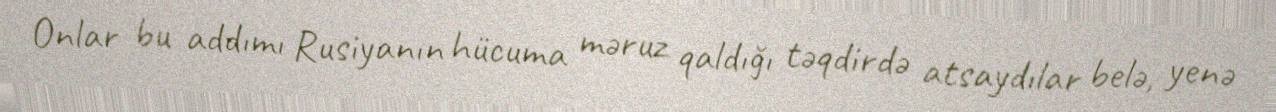
Onlar bu addımı Rusiyanın hücuma məruz qaldığı təqdirdə atsaydılar belə, yenə